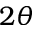
2 \theta